Vaccination report Assam 1874-1896 - 1874-1896
Year: 1874
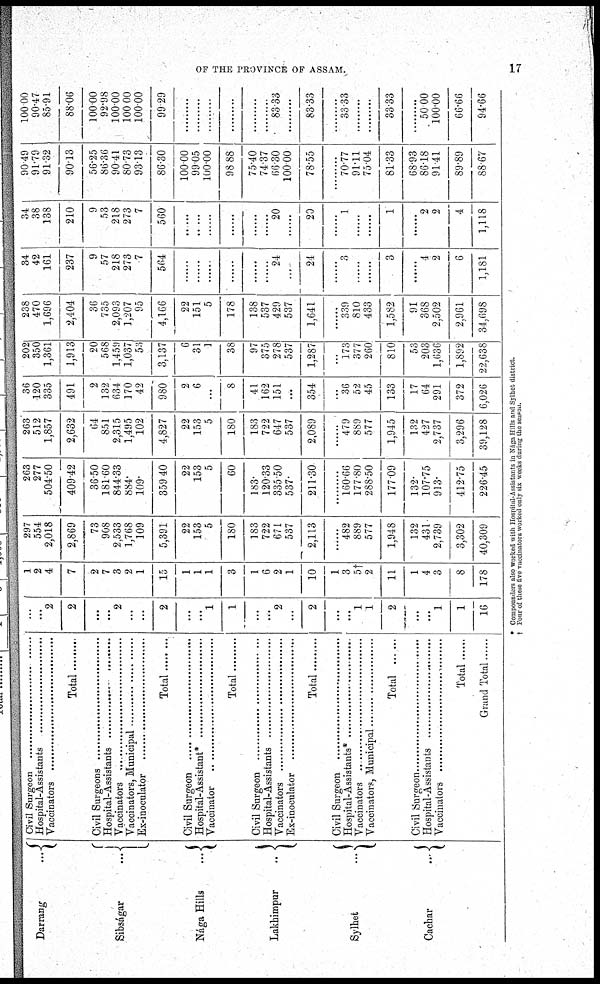
OF THE PROVINCE OF ASSAM.
17
Dar r ang ...
Sibságar
...
Nága Hills
...
Lakhimpur
..
Sylhet
...
Cachar
...
Civil Surgeon ..............................
Hospital-Assistants .....................
Vaccinators .....................
Total ...............
Civil Surgeon ..............................
Hospital-Assistants .....................
Vaccinators .....................
Vaccinators , Municipal ..........................
Ex-inoculator ........................
Total ..................
Civil Surgeon ..............................
Hospital-Assistants*.....................
Vaccinators .....................
Total .............
Civil Surgeon ..............................
Hospital-Assistants .....................
Vaccinators .....................
Ex-inoculator ........................
Total ...............
Civil Surgeon ..............................
Hospital-Assistants*.....................
Vaccinators .....................
Vaccinators , Municipal ..........................
Total
Civil Surgeon ..............................
Hospital-Assistants.....................
Vaccinators .....................
Total
Grand Total
...
...
2
2
...
...
2
...
...
2
...
...
1
1
...
...
2
...
2
...
...
1
1
2
...
...
1
1
16
1
2
4
7
2
7
3
2
1
15
1
1
1
3
1
6
2
1
10
1
3
5†
2
11
1
4
3
8
178
297
554
2,018
2,869
73
908
2,533
1,768
109
5,391
22
153
5
180
183
722
671
537
2,113
......
482
889
577
1,948
132
431
2,739
3,302
40,309
263
277
504.50
409.42
36.50
181.60
844.33
884.
109.
359.40
22
153
5
60
183.
120.33
335.50
537.
211.30
......
160.66
177.80
288.50
177.09
132.
107.75
913.
412.75
226.45
263
512
1,857
2,632
64
851
2,315
1,495
102
4,827
22
153
5
180
183
722
647
537
2,089
......
479
889
577
1,945
132
427
2,737
3,296
39,128
36
120
335
491
2
132
634
170
42
980
2
6
...
8
41
162
151
...
354
......
36
52
45
133
17
64
291
372
6,026
202
350
1,361
1,913
20
568
1,459
1,037
53
3,137
6
31
1
38
97
375
278
537
1,287
......
173
377
260
810
53
203
1,636
1,892
22,638
238
470
1,696
2,404
36
735
2,093
1,207
95
4,166
22
151
5
178
138
537
429
537
1,641
......
339
810
433
1,582
91
368
2,502
2,961
34,698
34
42
161
237
9
57
218
273
7
564
......
......
......
......
......
......
24
...
24
......
3
......
......
3
......
4
2
6
1,181
34
38
138
210
9
53
218
273
7
560
......
......
......
......
......
......
20
...
20
......
1
......
......
1
......
2
2
4
1,118
90.49
91.79
91.32
90.13
56.25
86.36
90.41
80.73
93.13
86.30
100.00
99.05
100.00
98.88
75.40
74.37
66.30
100.00
78.55
......
70.77
91.11
75.04
81.33
68.93
86.18
91.41
89.89
88.67
100.00
90.47
85.91
88.06
100.00
92.98
100.00
100.00
100.00
99.29
.........
.........
.........
.........
.........
.........
83.33
.........
83.33
.........
33.33
......
......
33.33
.........
50.00
100.00
66.66
94.66
* Compounders also worked with Hospital-Assistants in Nága Hills and Sylhet district.
† Four of these five vaccinators worked only six weeks during the season.